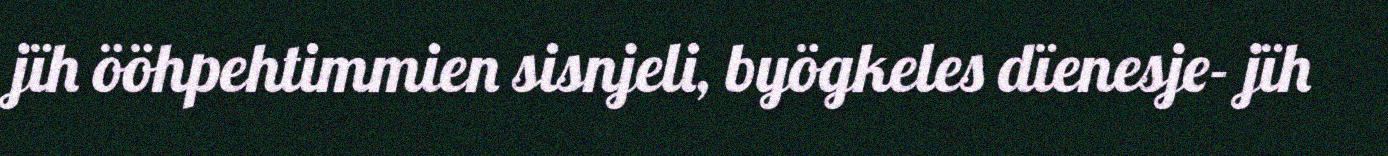
jïh ööhpehtimmien sisnjeli, byögkeles dïenesje- jïh